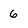
Character: 6